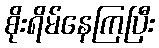
စိုးရိမ်နေကြပြီး